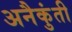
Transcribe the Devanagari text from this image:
अनैकुंती